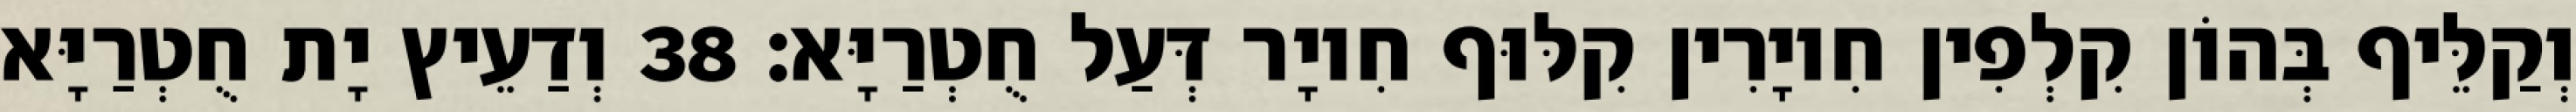
וְקַלֵּיף בְּהוֹן קִלְפִין חִיוָרִין קִלּוּף חִיוָר דְּעַל חֻטְרַיָּא׃ 38 וְדַעֵיץ יָת חֻטְרַיָּא